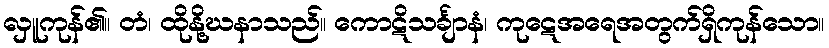
လှူကုန်၏။ တံ၊ ထိုနို့ဃနာသည်။ ကောဋိသင်္ချာနံ၊ ကုဋေအရေအတွက်ရှိကုန်သော။